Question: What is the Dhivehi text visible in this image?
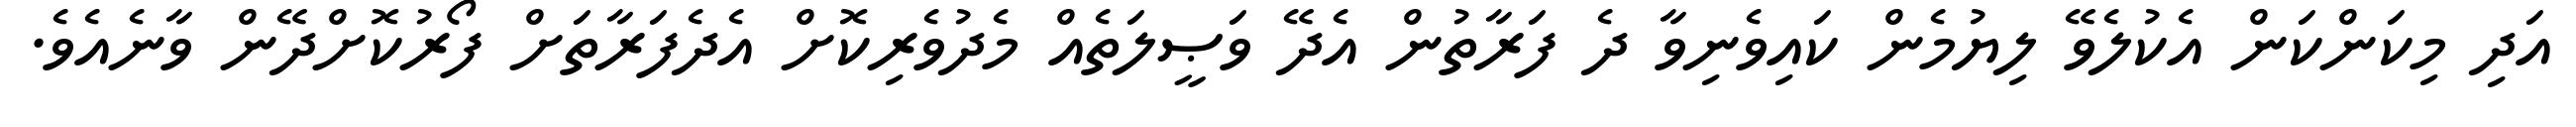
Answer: އަދި މިކަންކަން އެކުލެވޭ ލިޔުމެން ކައިވެނިވާ ދެ ފަރާތުން އެދޭ ވަޞީލަތެއް މެދުވެރިކޮށް އެދެފަރާތަށް ފޯރުކޮށްދޭން ވާނެއެވެ.